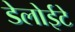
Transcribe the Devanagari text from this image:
डेलोईटे